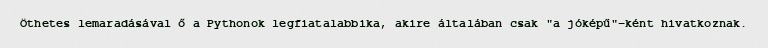
Öthetes lemaradásával ő a Pythonok legfiatalabbika, akire általában csak "a jóképű"-ként hivatkoznak.